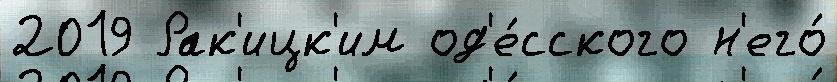
2019 Рак'ицк'им од'е́сского н'его́